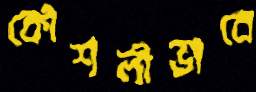
কৌশলীভাবে